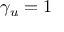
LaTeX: \gamma _ { u } = 1